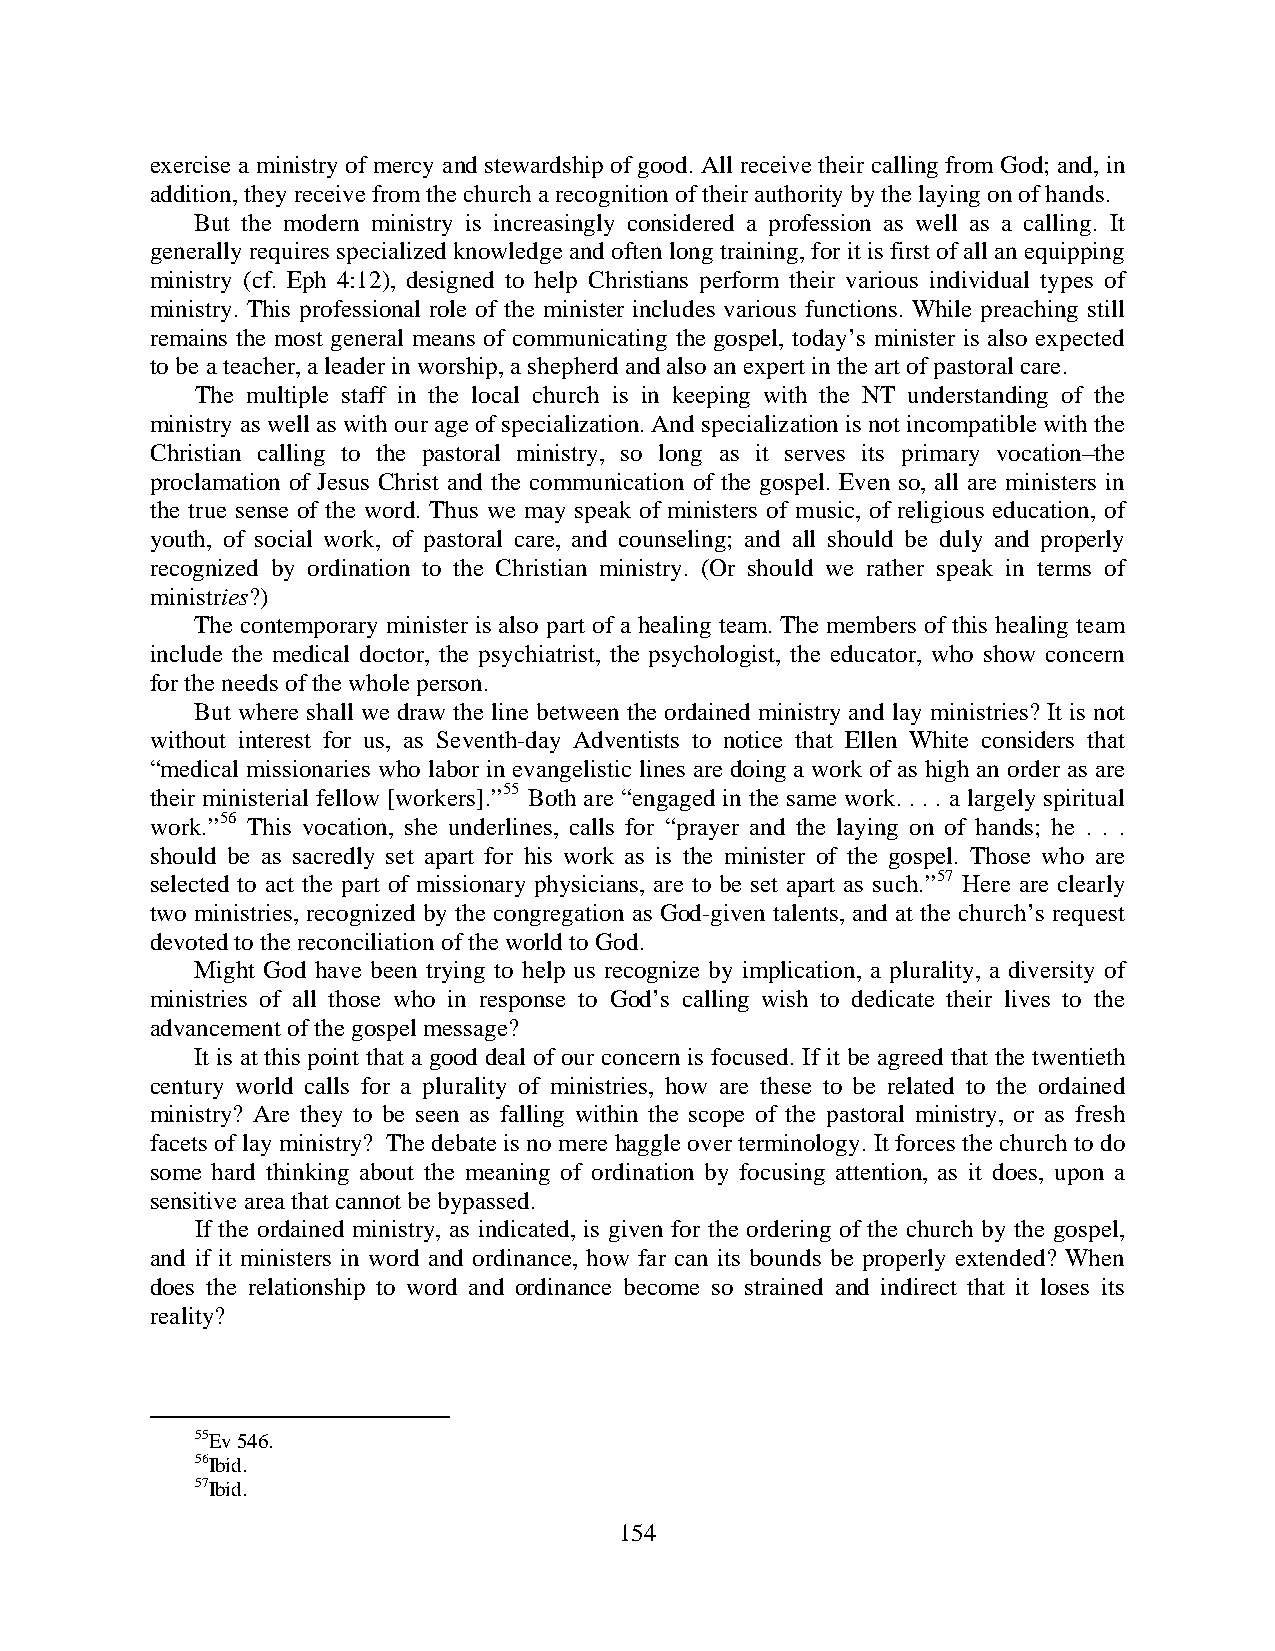
exercise a ministry of mercy and stewardship of good. All receive their calling from God; and, in
 addition, they receive from the church a recognition of their authority by the laying on of hands.
 But the modern ministry is increasingly considered a profession as well as a calling. It
 generally requires specialized knowledge and often long training, for it is first of all an equipping
 ministry (cf. Eph 4:12), designed to help Christians perform their various individual types of
 ministry. This professional role of the minister includes various functions. While preaching still
 remains the most general means of communicating the gospel, today’s minister is also expected
 to be a teacher, a leader in worship, a shepherd and also an expert in the art of pastoral care.
 The multiple staff in the local church is in keeping with the NT understanding of the
 ministry as well as with our age of specialization. And specialization is not incompatible with the
 Christian calling to the pastoral ministry, so long as it serves its primary vocation–the
 proclamation of Jesus Christ and the communication of the gospel. Even so, all are ministers in
 the true sense of the word. Thus we may speak of ministers of music, of religious education, of
 youth, of social work, of pastoral care, and counseling; and all should be duly and properly
 recognized by ordination to the Christian ministry. (Or should we rather speak in terms of
 ministries?)
 The contemporary minister is also part of a healing team. The members of this healing team
 include the medical doctor, the psychiatrist, the psychologist, the educator, who show concern
 for the needs of the whole person.
 But where shall we draw the line between the ordained ministry and lay ministries? It is not
 without interest for us, as Seventh-day Adventists to notice that Ellen White considers that
 “medical missionaries who labor in evangelistic lines are doing a work of as high an order as are
 their ministerial fellow [workers].”55 Both are “engaged in the same work. . . . a largely spiritual
 work.”56 This vocation, she underlines, calls for “prayer and the laying on of hands; he . . .
 should be as sacredly set apart for his work as is the minister of the gospel. Those who are
 selected to act the part of missionary physicians, are to be set apart as such.”57 Here are clearly
 two ministries, recognized by the congregation as God-given talents, and at the church’s request
 devoted to the reconciliation of the world to God.
 Might God have been trying to help us recognize by implication, a plurality, a diversity of
 ministries of all those who in response to God’s calling wish to dedicate their lives to the
 advancement of the gospel message?
 It is at this point that a good deal of our concern is focused. If it be agreed that the twentieth
 century world calls for a plurality of ministries, how are these to be related to the ordained
 ministry? Are they to be seen as falling within the scope of the pastoral ministry, or as fresh
 facets of lay ministry? The debate is no mere haggle over terminology. It forces the church to do
 some hard thinking about the meaning of ordination by focusing attention, as it does, upon a
 sensitive area that cannot be bypassed.
 If the ordained ministry, as indicated, is given for the ordering of the church by the gospel,
 and if it ministers in word and ordinance, how far can its bounds be properly extended? When
 does the relationship to word and ordinance become so strained and indirect that it loses its
 reality?
 55Ev 546.
 56Ibid.
 57Ibid.
 154